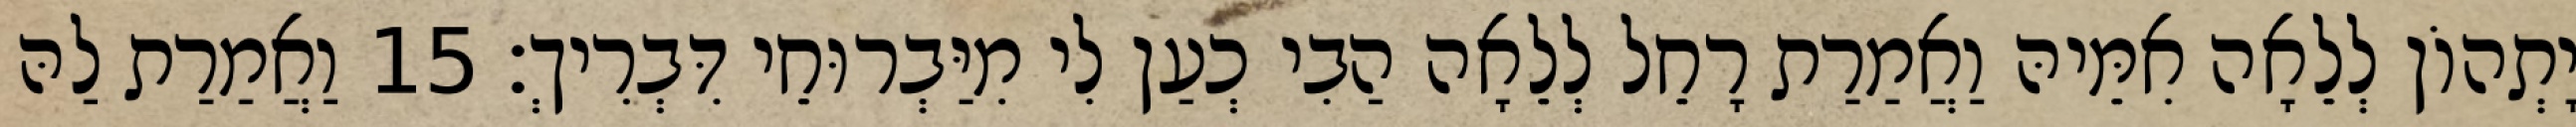
יָתְהוֹן לְלֵאָה אִמֵּיהּ וַאֲמַרַת רָחֵל לְלֵאָה הַבִי כְעַן לִי מִיַּבְרוּחֵי דִּבְרִיךְ׃ 15 וַאֲמַרַת לַהּ